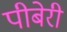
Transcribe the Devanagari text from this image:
पीबेरी